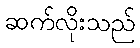
ဆက်လိုးသည်